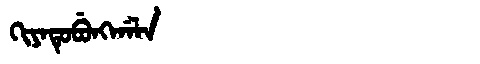
Manchu: ᡴᡳᠶᠠᡨᡠᠪᡠᠩᡤᠠᠯᠠ
Romanization: KIYATUBUNGGALA